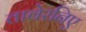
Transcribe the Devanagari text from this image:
तावेरनिए